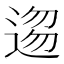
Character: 𮞥